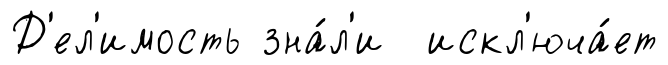
Д'ел'имость зна́л'и искл'юча́ет